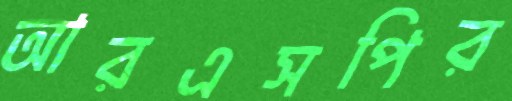
আরএসপির